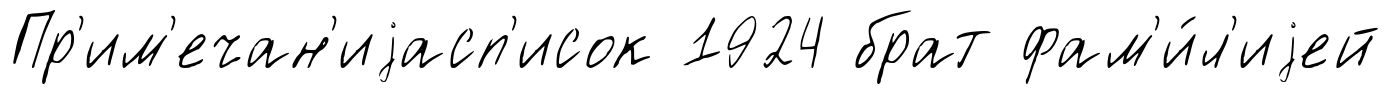
Пр'им'ечан'иjасп'исок 1924 брат фам'и́л'иjей